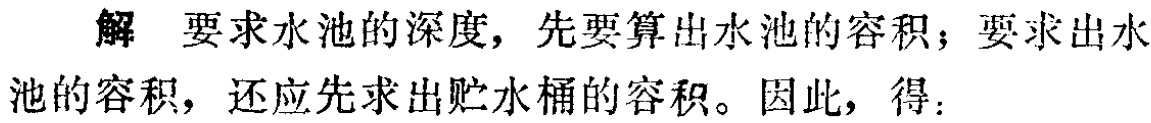
解 要求水池的深度，先要算出水池的容积；要求出水池的容积，还应先求出贮水桶的容积。因此，得：